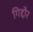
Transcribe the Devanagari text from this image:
गिद्दौर